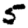
Digit: 5